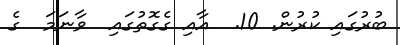
ބުރުގައި ކުރުން. 10.  އާއި ގެގޮތުގައި  ވާނަމަ  ގެ